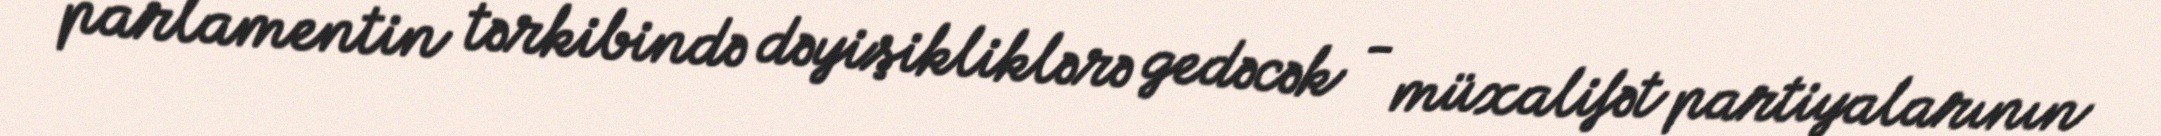
parlamentin tərkibində dəyişikliklərə gedəcək - müxalifət partiyalarının